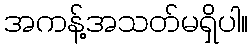
အကန့်အသတ်မရှိပါ။